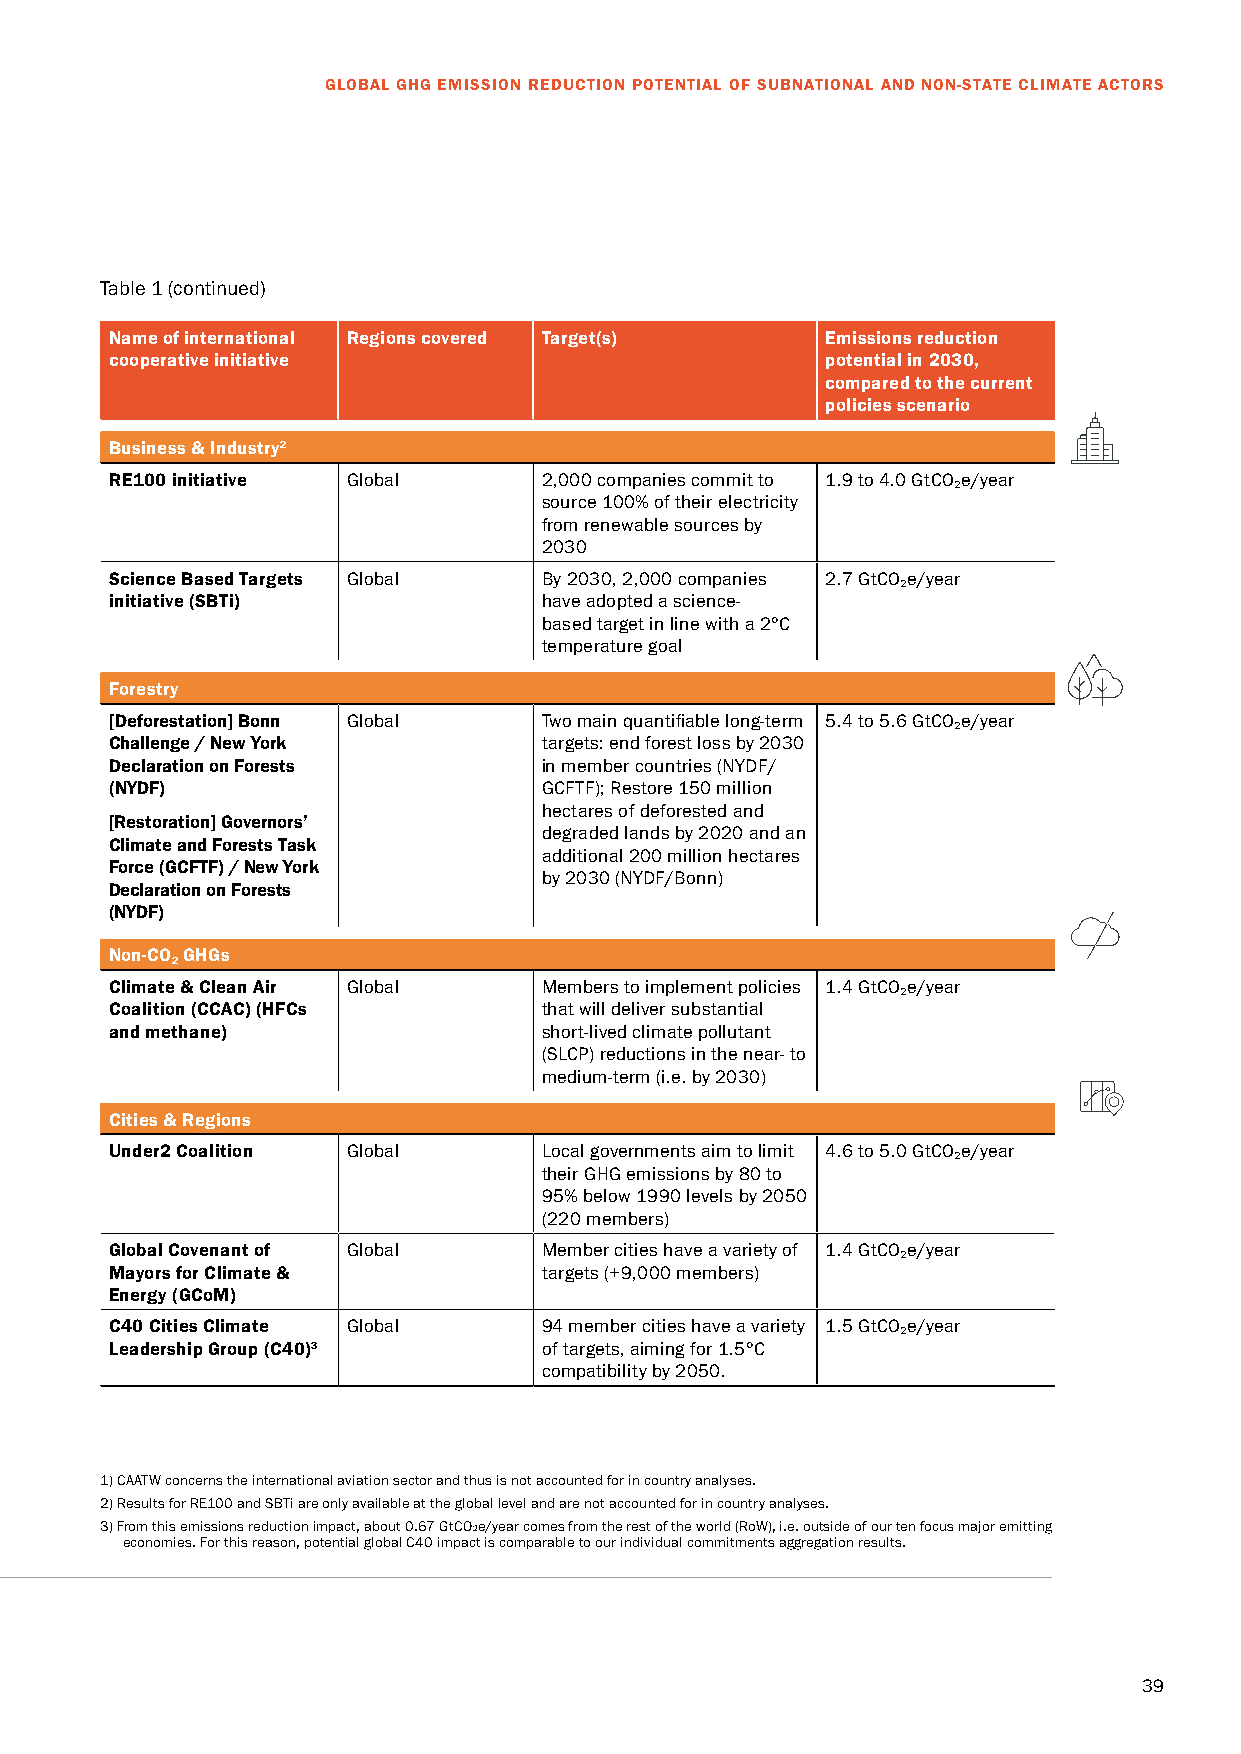
GLOBAL GHG EMISSION REDUCTION POTENTIAL OF SUBNATIONAL AND NON-STATE CLIMATE ACTORS
 Table 1 (continued)
 Name of international Regions covered Target(s) Emissions reduction
 cooperative initiative                          potential in 2030,
 compared to the current
 policies scenario
 Business & Industry2
 RE100 initiative Global      2,000 companies commit to 1.9 to 4.0 GtCO e/year
 2
 source 100% of their electricity
 from renewable sources by
 2030
 Science Based Targets Global By 2030, 2,000 companies 2.7 GtCO e/year
 2
 initiative (SBTi)            have adopted a science-
 based target in line with a 2°C
 temperature goal
 Forestry
 [Deforestation] Bonn Global  Two main quantifiable long-term 5.4 to 5.6 GtCO e/year
 2
 Challenge / New York         targets: end forest loss by 2030
 Declaration on Forests       in member countries (NYDF/
 (NYDF)                       GCFTF); Restore 150 million
 hectares of deforested and
 [Restoration] Governors’
 degraded lands by 2020 and an
 Climate and Forests Task
 additional 200 million hectares
 Force (GCFTF) / New York
 by 2030 (NYDF/Bonn)
 Declaration on Forests
 (NYDF)
 Non-CO GHGs
 2
 Climate & Clean Air Global   Members to implement policies 1.4 GtCO e/year
 2
 Coalition (CCAC) (HFCs       that will deliver substantial
 and methane)                 short-lived climate pollutant
 (SLCP) reductions in the near- to
 medium-term (i.e. by 2030)
 Cities & Regions
 Under2 Coalition Global      Local governments aim to limit 4.6 to 5.0 GtCO e/year
 2
 their GHG emissions by 80 to
 95% below 1990 levels by 2050
 (220 members)
 Global Covenant of Global    Member cities have a variety of 1.4 GtCO e/year
 2
 Mayors for Climate &         targets (+9,000 members)
 Energy (GCoM)
 C40 Cities Climate Global    94 member cities have a variety 1.5 GtCO e/year
 2
 Leadership Group (C40)3      of targets, aiming for 1.5°C
 compatibility by 2050.
 1) CAATW concerns the international aviation sector and thus is not accounted for in country analyses.
 2) Results for RE100 and SBTi are only available at the global level and are not accounted for in country analyses.
 3) From this emissions reduction impact, about 0.67 GtCO2e/year comes from the rest of the world (RoW), i.e. outside of our ten focus major emitting
 economies. For this reason, potential global C40 impact is comparable to our individual commitments aggregation results.
 39